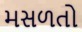
મસળતો